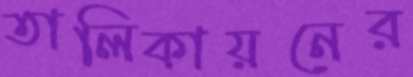
তালিকায়নের